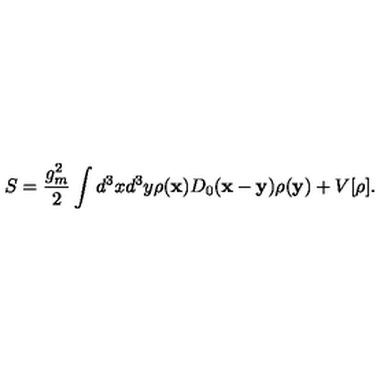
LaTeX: S = \frac { g _ { m } ^ { 2 } } { 2 } \int d ^ { 3 } x d ^ { 3 } y \rho ( { \bf x } ) D _ { 0 } ( { \bf x } - { \bf y } ) \rho ( { \bf y } ) + V [ \rho ] .